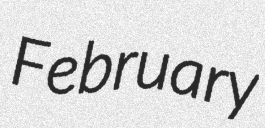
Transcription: February